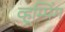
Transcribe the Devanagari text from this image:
व्हूम्पिंग